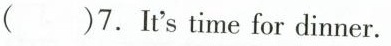
( )7. It' stime for dinner.